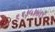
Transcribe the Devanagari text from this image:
११।५।७।९